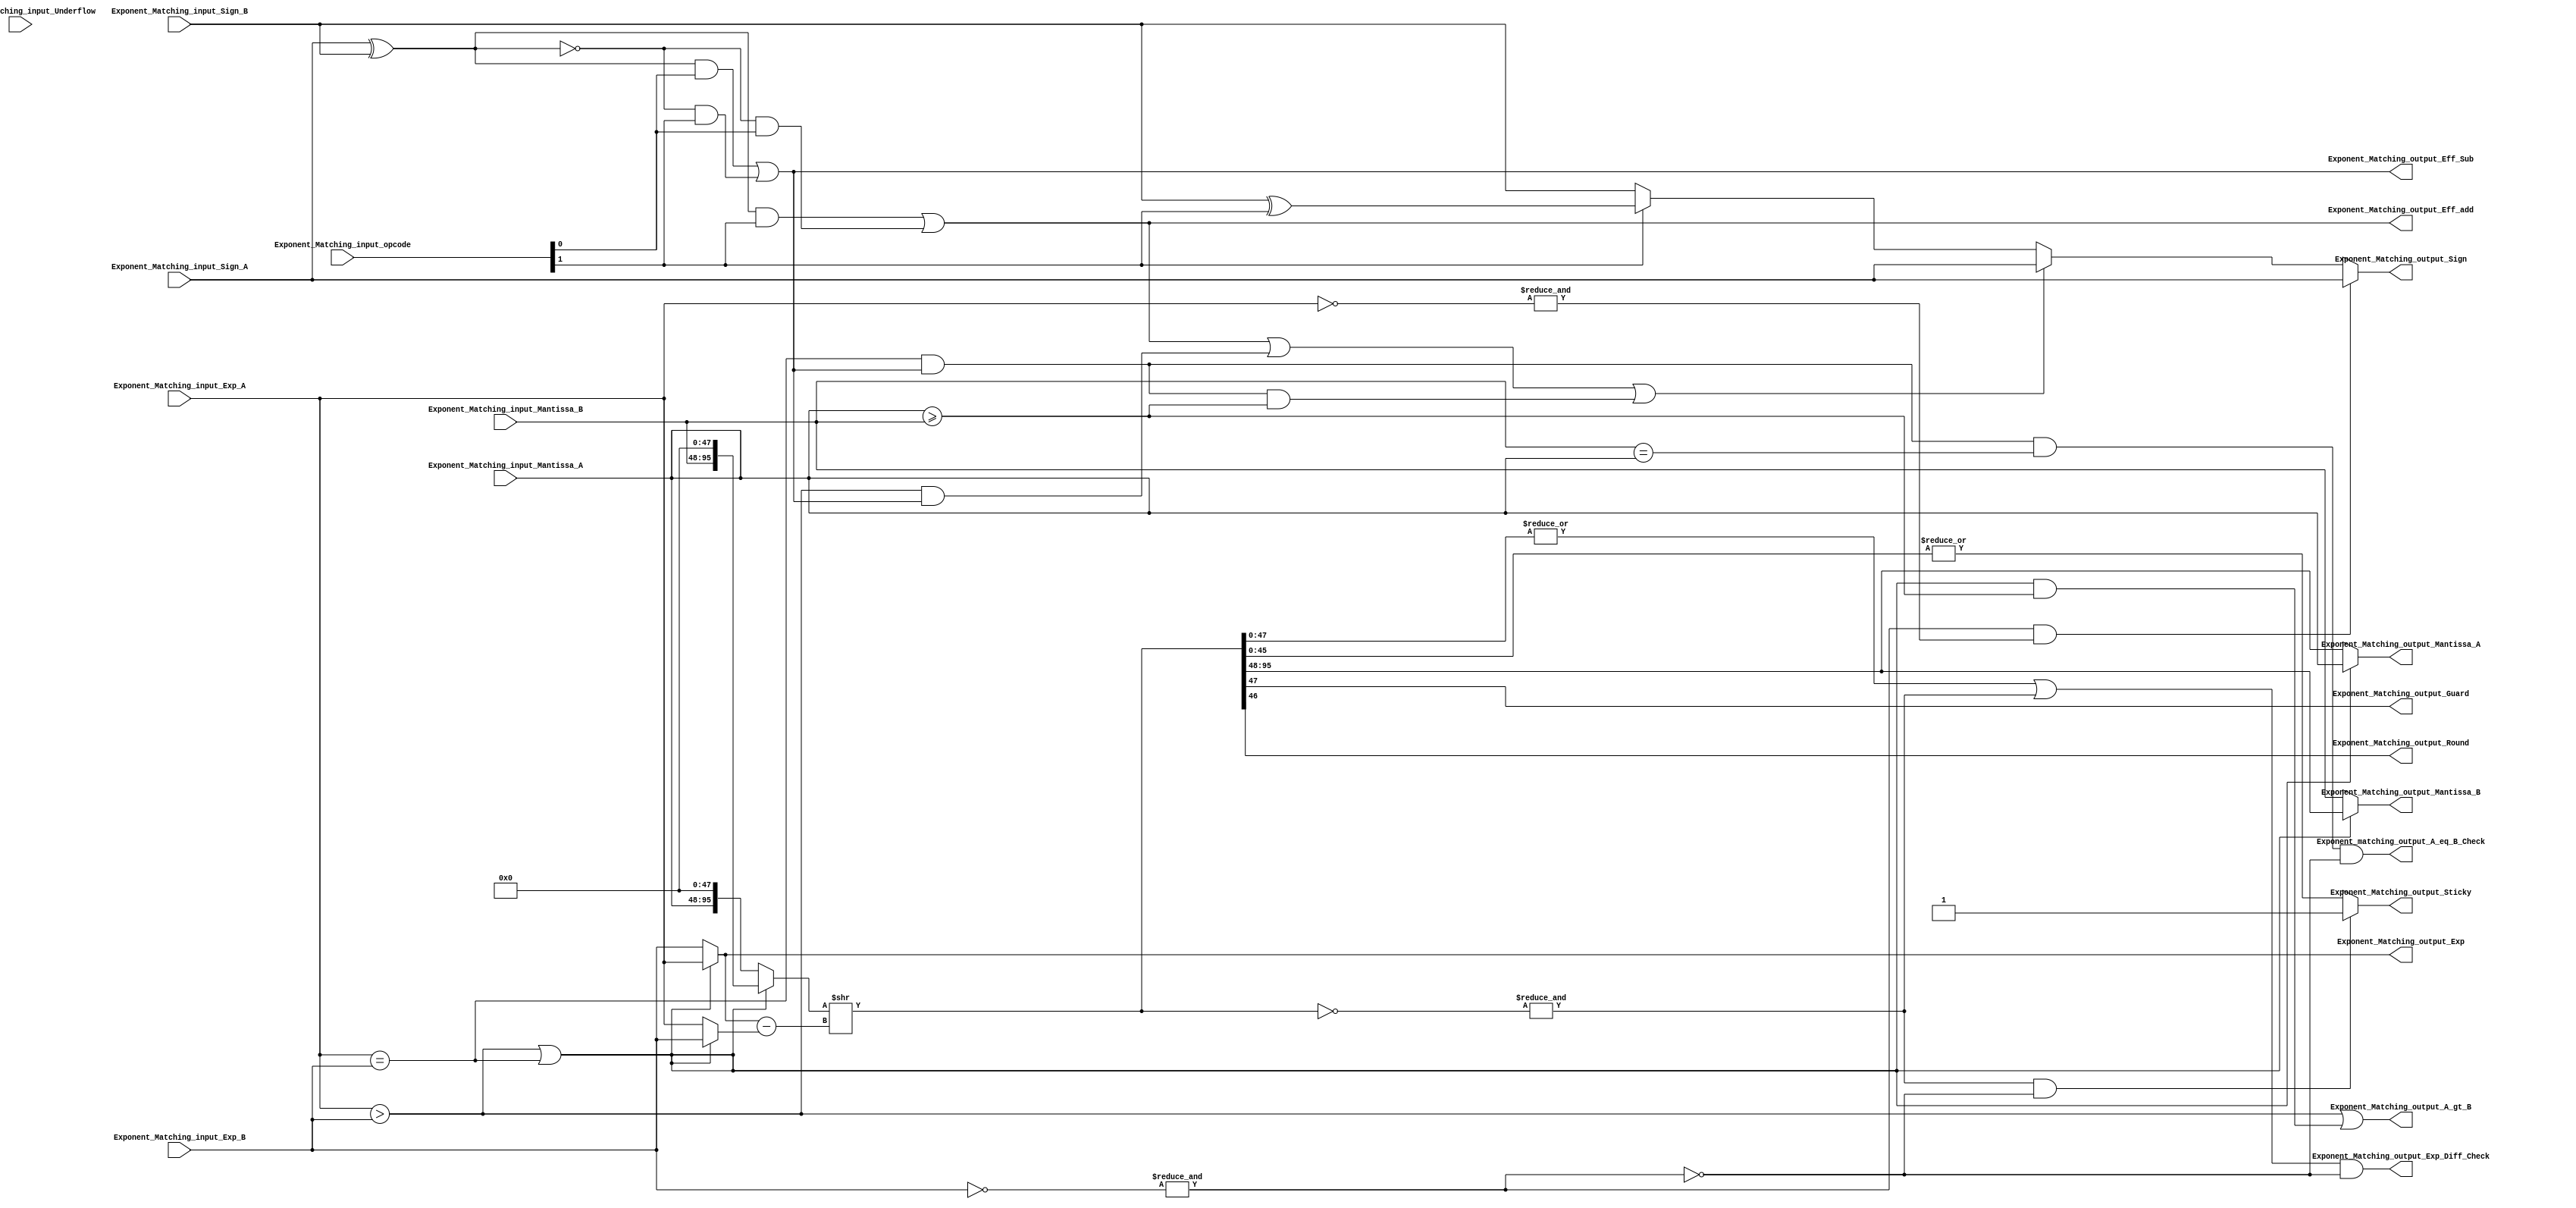
// Copyright 2023 MERL-DSU

// Licensed under the Apache License, Version 2.0 (the "License"); you may not use 
// this file except in compliance with the License. You may obtain a copy of the License at

//   http://www.apache.org/licenses/LICENSE-2.0

// Unless required by applicable law or agreed to in writing, software distributed under the 
// License is distributed on an "AS IS" BASIS, WITHOUT WARRANTIES OR CONDITIONS OF ANY KIND, 
// either express or implied. See the License for the specific language governing permissions 

module FMADD_Exponent_Matching (Exponent_Matching_input_Sign_A,Exponent_Matching_input_Sign_B,Exponent_Matching_input_Exp_A,Exponent_Matching_input_Exp_B,Exponent_Matching_input_Mantissa_A,Exponent_Matching_input_Mantissa_B,Exponent_Matching_input_Underflow,Exponent_Matching_input_opcode,Exponent_Matching_output_Mantissa_A,Exponent_Matching_output_Mantissa_B,Exponent_Matching_output_Exp,Exponent_Matching_output_Guard,Exponent_Matching_output_Round,Exponent_Matching_output_Sticky,Exponent_Matching_output_Sign,Exponent_Matching_output_Eff_Sub,Exponent_Matching_output_Eff_add,Exponent_Matching_output_Exp_Diff_Check,Exponent_Matching_output_A_gt_B,Exponent_matching_output_A_eq_B_Check);

//defination of prameters
parameter std =31;
parameter man =22;
parameter exp =7;

//declaration of input ports
input Exponent_Matching_input_Sign_A,Exponent_Matching_input_Sign_B;
input [exp+1:0] Exponent_Matching_input_Exp_A,Exponent_Matching_input_Exp_B;
input [man+man+3:0] Exponent_Matching_input_Mantissa_A,Exponent_Matching_input_Mantissa_B;
input Exponent_Matching_input_Underflow;
// opcode[0] = Fadd
// opcode[1] = Fsub
input [1:0] Exponent_Matching_input_opcode;

//declaration of output ports
output Exponent_Matching_output_Sign , Exponent_Matching_output_Exp_Diff_Check;
output [man+man+3:0] Exponent_Matching_output_Mantissa_A,Exponent_Matching_output_Mantissa_B;
output [exp+1:0] Exponent_Matching_output_Exp;
output Exponent_Matching_output_Guard,Exponent_Matching_output_Round,Exponent_Matching_output_Sticky,Exponent_Matching_output_Eff_Sub,Exponent_Matching_output_Eff_add;
output Exponent_Matching_output_A_gt_B,Exponent_matching_output_A_eq_B_Check;

//main funtionality 

//declaration for wires

wire Exponent_Matching_Bit_Exp_A_ge_B,Exponent_Matching_Bit_Exp_A_gt_B,Exponent_Matching_Bit_Exp_A_eq_B,Exponent_Matching_Bit_Man_a_ge_Man_B,Exponent_Matching_Bit_Eff_sub,Exponent_Matching_Bit_Eff_add;
wire [4*man+7:0] Exponent_Matching_Shifter_input,Exponent_Matching_Shifter_output;
wire [exp+1:0] Exponent_Matching_Exp_Sub_input_1 , Exponent_Matching_Exp_Sub_input_2;
wire [exp+1:0] Exponent_Matching_Shif_Amount;
wire Exponent_Matching_Bit_Zero_Caught_A,Exponent_Matching_Bit_Zero_Caught_B;


//Zero check for operand A and B
assign Exponent_Matching_Bit_Zero_Caught_A = (&(~Exponent_Matching_input_Exp_A)) ;
assign Exponent_Matching_Bit_Zero_Caught_B = (&(~Exponent_Matching_input_Exp_B)) ;



//check for exp_A >= exp_B
assign Exponent_Matching_Bit_Exp_A_gt_B = Exponent_Matching_input_Exp_A > Exponent_Matching_input_Exp_B;
assign Exponent_Matching_Bit_Exp_A_eq_B = Exponent_Matching_input_Exp_A == Exponent_Matching_input_Exp_B;
assign Exponent_Matching_Bit_Exp_A_ge_B  = Exponent_Matching_Bit_Exp_A_gt_B | Exponent_Matching_Bit_Exp_A_eq_B;

//check for Manstissa _A >= Mantisa_B
assign Exponent_Matching_Bit_Man_a_ge_Man_B = Exponent_Matching_input_Mantissa_A >= Exponent_Matching_input_Mantissa_B;

//check for true subtraction or ture additions
assign Exponent_Matching_Bit_Eff_sub = ( ( Exponent_Matching_input_Sign_A ^ Exponent_Matching_input_Sign_B)  & ( Exponent_Matching_input_opcode[0] )  )  |  ( (~(Exponent_Matching_input_Sign_A ^ Exponent_Matching_input_Sign_B))  & ( Exponent_Matching_input_opcode[1] )  ); 
assign Exponent_Matching_output_Eff_Sub = Exponent_Matching_Bit_Eff_sub;
assign Exponent_Matching_Bit_Eff_add = ( ( Exponent_Matching_input_Sign_A ^ Exponent_Matching_input_Sign_B)  & ( Exponent_Matching_input_opcode[1] )  )  |  ( (~(Exponent_Matching_input_Sign_A ^ Exponent_Matching_input_Sign_B))  & ( Exponent_Matching_input_opcode[0] )  );
assign Exponent_Matching_output_Eff_add = Exponent_Matching_Bit_Eff_add;
//shifter circutrary input
assign Exponent_Matching_Shifter_input = ( Exponent_Matching_Bit_Exp_A_ge_B ) ? { Exponent_Matching_input_Mantissa_B , {(2*man)+4{1'b0}}}   :  { Exponent_Matching_input_Mantissa_A , {(2*man)+4{1'b0}}}  ;

//logic for determination of shift amount and slection of finalized exponent
assign Exponent_Matching_Exp_Sub_input_1 = ( Exponent_Matching_Bit_Exp_A_ge_B ) ? Exponent_Matching_input_Exp_A : Exponent_Matching_input_Exp_B; 
assign Exponent_Matching_Exp_Sub_input_2 = ( ~Exponent_Matching_Bit_Exp_A_ge_B ) ? Exponent_Matching_input_Exp_A : Exponent_Matching_input_Exp_B;      
assign Exponent_Matching_Shif_Amount = Exponent_Matching_Exp_Sub_input_1 -Exponent_Matching_Exp_Sub_input_2;

//shifting circutary
assign Exponent_Matching_Shifter_output  = Exponent_Matching_Shifter_input >> Exponent_Matching_Shif_Amount ;

//decision for sign of the Addition Lane's output
assign Exponent_Matching_output_Sign = ( Exponent_Matching_Bit_Zero_Caught_B & Exponent_Matching_Bit_Zero_Caught_A  ) ? ( Exponent_Matching_input_Sign_A ) : (( Exponent_Matching_Bit_Eff_add | ( Exponent_Matching_Bit_Exp_A_gt_B & Exponent_Matching_Bit_Eff_sub )  | ( ( Exponent_Matching_Bit_Exp_A_eq_B & Exponent_Matching_Bit_Eff_sub ) & ( Exponent_Matching_Bit_Man_a_ge_Man_B ) )  ) ? Exponent_Matching_input_Sign_A : (( Exponent_Matching_input_opcode[1]) ? Exponent_Matching_input_Sign_B ^ Exponent_Matching_input_opcode[1] :  Exponent_Matching_input_Sign_B ^ 1'b0 )) ;


//-------OUTPUTS---------
//decision fo MAntissa A for output
assign Exponent_Matching_output_Mantissa_A = (Exponent_Matching_Bit_Exp_A_ge_B) ? Exponent_Matching_input_Mantissa_A : Exponent_Matching_Shifter_output[4*man+7 : 2*man+4];
assign Exponent_Matching_output_Mantissa_B = (Exponent_Matching_Bit_Exp_A_ge_B) ? Exponent_Matching_Shifter_output[4*man+7 : 2*man+4] : Exponent_Matching_input_Mantissa_B;

//decision of xponent
assign Exponent_Matching_output_Exp = Exponent_Matching_Exp_Sub_input_1;

//output port which gets high whenever case of Effective A-A occurs
assign Exponent_matching_output_A_eq_B_Check = (Exponent_Matching_Bit_Eff_sub & Exponent_Matching_Bit_Exp_A_eq_B & (Exponent_Matching_input_Mantissa_B == Exponent_Matching_input_Mantissa_A)) & (~ Exponent_Matching_Bit_Zero_Caught_B);

//Decision for the exponent difference on the basis of which this is t be decided that either 1 or 0 will be added in the compliment_B and recompliment of the final answer (Please refer to the documentation fo detailed analyssis)
assign Exponent_Matching_output_Exp_Diff_Check = ((|(Exponent_Matching_Shifter_output[man+man+3:0]))  | (& (~Exponent_Matching_Shifter_output ) )) & (~Exponent_Matching_Bit_Zero_Caught_B) ;

assign Exponent_Matching_output_A_gt_B = (Exponent_Matching_Bit_Exp_A_gt_B) | ( (Exponent_Matching_Bit_Exp_A_ge_B) & (Exponent_Matching_Bit_Man_a_ge_Man_B) );

//decision fo rounding bits
assign Exponent_Matching_output_Guard = Exponent_Matching_Shifter_output[man+man+3] ;
assign Exponent_Matching_output_Round = Exponent_Matching_Shifter_output[man+man+2] ;
assign Exponent_Matching_output_Sticky = ( (&(~Exponent_Matching_Shifter_output)) & (~Exponent_Matching_Bit_Zero_Caught_B) )   ? 1'b1: (|Exponent_Matching_Shifter_output [man+man+1:0])  ;


endmodule